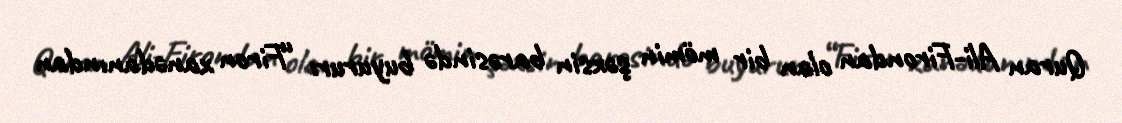
Quran Ali-Firondan olan bir mömin şəxsin barəsində buyurur: “Firon xanədanından